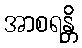
အာစရန္တိ